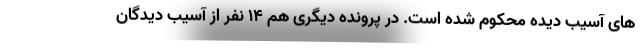
های آسیب دیده محکوم شده است. در پرونده دیگری هم ۱۴ نفر از آسیب دیدگان